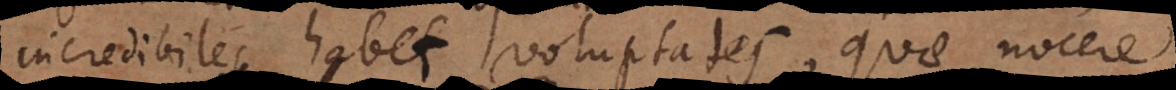
incredibiles habet voluptates, quae nocere